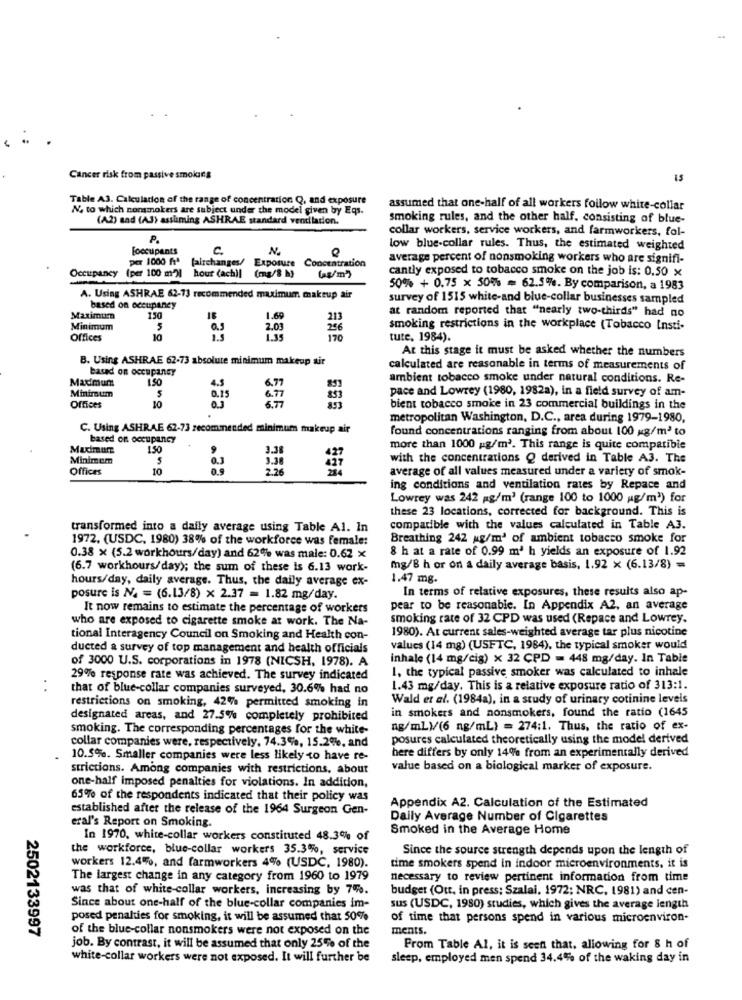
Cancer risk from passive smoking
15
Table A3. Calculation of the range of concentration Q, and exposure
N, to which nonsmokers are subject under the model given by Eqs.
assumed that one-half of all workers foilow white-collar
(A2) and (AJ) assuming ASHRAE stand
E standard ventilation.
smoking rules, and the other half, consisting of blue-
collar workers, service workers, and farmworkers, fol-
P.
[occupants
C.
low blue-collar rules. Thus, the estimated weighted
per 1000 ft
per 1000 ftª fairchanges/ Exposure Concentration
average percent of nonsmoking workers who are signifi-
cantly exposed to tobacco smoke on the job is: 0.50 x
Occupancy (per 100 m')| hour (ach)| (mg/8 h)
(s/m)
50% + 0.75 x 50% = 62.5%. By comparison, a 1983
A. Using ASHRAE 62-73 recommended maximum makeup air
survey of 1515 white-and blue-collar businesses sampled
based on occupancy
at random reported that "nearly two-thirds" had no
Maximum
150
18
1.69
213
Minimum
5
2.03
256
smoking restrictions in the workplace (Tobacco Insti-
Offices
10
170
tute, 1984).
At this stage it must be asked whether the numbers
B. Using ASHRAE 62-73 absolute minimum makeup air
based on occupancy
calculated are reasonable in terms of measurements of
Maximum
ambient tobacco smoke under natural conditions. Re-
Minimum
1.50
pace and Lowrey (1980, 1982a), in a field survey of am-
Offices
10
555
bient tobacco smoke in 23 commercial buildings in the
metropolitan Washington, D.C ., area during 1979-1980,
C. Using ASHRAE 62-73 recommended minimum makeup air
found concentrations ranging from about 100 g/m2 to
based on occupancy
Mudmum
150
more than 1000 g/m2. This range is quite compatible
Minimum
with the concentrations Q derived in Table A3. The
Offices
10
2.26
average of all values measured under a variety of smok-
ing conditions and ventilation rates by Repace and
Lowrey was 242 ag/m3 (range 100 to 1000 g/m3) for
these 23 locations, corrected for background. This is
transformed into a daily average using Table Al. In
compatible with the values calculated in Table A3.
1972. (USDC, 1980) 38% of the workforce was female:
Breathing 242 g/m2 of ambient tobacco smoke for
8 h at a rate of 0.99 m3 h yields an exposure of 1.92
0.38 x (5.2 workhours/day) and 62% was male: 0.62 x
(6.7 workhours/day); the sum of these is 6.13 work-
mg/8 h or on a daily average basis, 1.92 x (6.13/8) =
hours/day, daily average. Thus, the daily average ex-
1.47 mg.
In terms of relative exposures, these results also ap-
posure is N. = (6.13/8) x 2.37 = 1.82 mg/day.
It now remains to estimate the percentage of workers
pear to be reasonable. In Appendix A2, an average
who are exposed to cigarette smoke at work. The Na-
smoking rate of 32 CPD was used (Repace and Lowrey.
1980). At current sales-weighted average tar plus nicotine
tional Interagency Council on Smoking and Health con-
ducted a survey of top management and health officials
values (14 mg) (USFTC, 1984), the typical smoker would
of 3000 U.S. corporations in 1978 (NICSH, 1978). A
inhale (14 mg/cig) x 32 CPD = 448 mg/day. In Table
1. the typical passive smoker was calculated to inhale
29% response rate was achieved. The survey indicated
that of blue-collar companies surveyed, 30.6% had no
1.43 mg/day. This is a relative exposure ratio of 313:1.
restrictions on smoking, 42% permitted smoking in
Wald et al. (1984a), in a study of urinary cotinine levels
designated areas, and 27.5% completely prohibited
in smokers and nonsmokers, found the ratio (1645
smoking. The corresponding percentages for the white-
ng/ml)/(6 ng/ml) = 274:1. Thus, the ratio of ex-
collar companies were, respectively, 74.3%, 15.2%, and
posures calculated theoretically using the model derived
here differs by only 14% from an experimentally derived
10.5%. Smaller companies were less likely to have re-
strictions. Among companies with restrictions, about
value based on a biological marker of exposure.
one-half imposed penalties for violations. In addition,
65% of the respondents indicated that their policy was
established after the release of the 1964 Surgeon Gen-
Appendix A2. Calculation of the Estimated
Daily Average Number of Cigarettes
eral's Report on Smoking.
Smoked in the Average Home
In 1970, white-collar workers constituted 48.3% of
the workforce, blue-collar workers 35.3%, service
Since the source strength depends upon the length of
workers 12.4%, and farmworkers 4% (USDC, 1980).
time smokers spend in indoor microenvironments, it is
The largest change in any category from 1960 to 1979
necessary to review pertinent information from time
was that of white-collar workers, increasing by 7%.
budget (Ott, in press; Szalai, 1972; NRC, 1981) and cen-
Since about one-half of the blue-collar companies im-
sus (USDC, 1980) studies, which gives the average length
posed penalties for smoking, it will be assumed that 50%
of time that persons spend in various microenviron-
of the blue-collar nonsmokers were not exposed on the
ments.
2502133997
job. By contrast, it will be assumed that only 25% of the
From Table Al. it is seen that, allowing for 8 h of
white-collar workers were not exposed. It will further be
sleep, employed men spend 34.4% of the waking day in